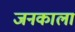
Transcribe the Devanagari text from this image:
जनकाला